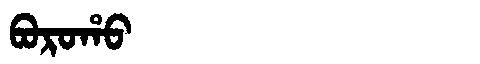
Manchu: ᠪᠣᡵᠣᡥᠣ
Romanization: BOROHO